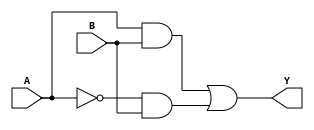
module kmap_2var (
    input wire A,  // Input variable A
    input wire B,  // Input variable B
    output wire Y  // Output variable Y
);

// Define the K-map based on the truth table
// The K-map for two variables can be represented as follows:
//   AB | 00 | 01 | 11 | 10
//   -------------------------
//    0 |  0 |  1 |  1 |  0  (for example)
//    1 |  0 |  1 |  1 |  1  (for example)

// Here we assume the K-map is filled based on some logic function.
// For example, let's say the K-map is filled as follows:
// - Cell (0,0) -> 0
// - Cell (0,1) -> 1
// - Cell (1,0) -> 0
// - Cell (1,1) -> 1
// This corresponds to the expression Y = B

assign Y = (A & B) | (~A & B); // This is the simplified expression derived from the K-map

endmodule